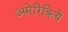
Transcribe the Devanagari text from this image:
अमेरिकियें